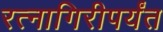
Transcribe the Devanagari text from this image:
रत्‍नागिरीपर्यंत